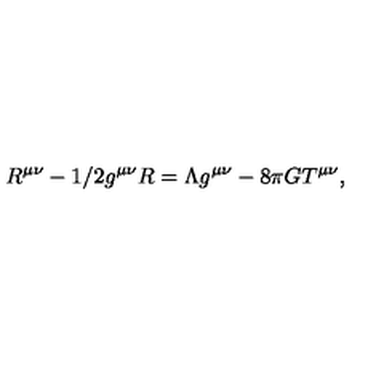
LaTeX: R ^ { \mu \nu } - 1 / 2 g ^ { \mu \nu } R = \Lambda g ^ { \mu \nu } - 8 \pi G T ^ { \mu \nu } ,